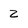
Character: z